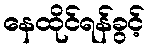
နေထိုင်ရန်ခွင့်